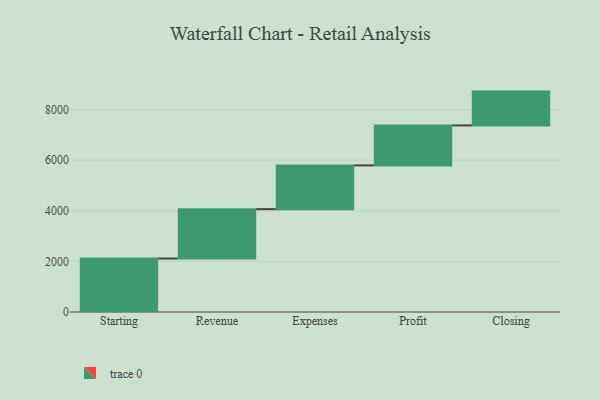
{"axis": {"x": "Step", "y": "Value"}, "legend": [""], "data": [{"x": "Starting", "y": 2115.0, "type": ""}, {"x": "Revenue", "y": 1951.0, "type": ""}, {"x": "Expenses", "y": 1730.0, "type": ""}, {"x": "Profit", "y": 1580.0, "type": ""}, {"x": "Closing", "y": 1337.0, "type": ""}]}